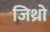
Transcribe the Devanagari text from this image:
जिथ्रो